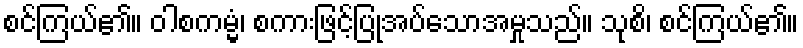
စင်ကြယ်၏။ ဝါစကမ္မံ၊ စကားဖြင့်ပြုအပ်သောအမှုသည်။ သုစိ၊ စင်ကြယ်၏။